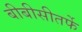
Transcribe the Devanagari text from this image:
बीबीसीतर्फे